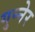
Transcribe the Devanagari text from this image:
गुन्नेर